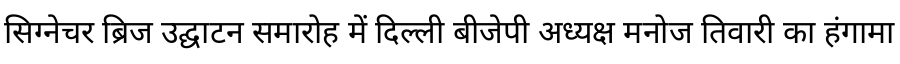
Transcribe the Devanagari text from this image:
सिग्नेचर ब्रिज उद्घाटन समारोह में दिल्ली बीजेपी अध्यक्ष मनोज तिवारी का हंगामा